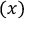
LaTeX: \mathbf { \Psi } ( x )